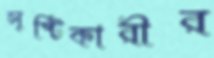
সৃষ্টিকারীর